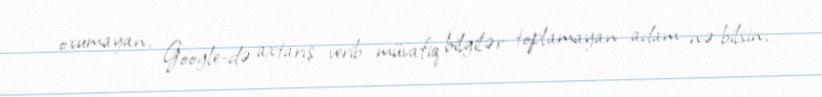
oxumayan, Google-də axtarış verib müvafiq bilgilər toplamayan adam nə bilsin,